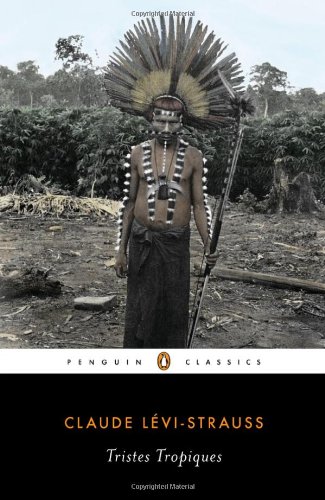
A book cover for Tristes Tropiques (Penguin Classics); Claude Levi-Strauss; History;